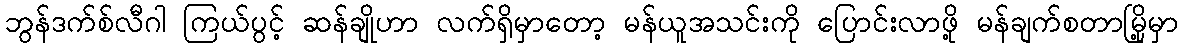
ဘွန်ဒက်စ်လီဂါ ကြယ်ပွင့် ဆန်ချိုဟာ လက်ရှိမှာတော့ မန်ယူအသင်းကို ပြောင်းလာဖို့ မန်ချက်စတာမြို့မှာ